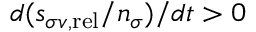
d ( s _ { \sigma v , \mathrm { r e l } } / n _ { \sigma } ) / d t > 0